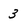
Character: 3